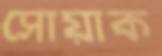
সোয়াক